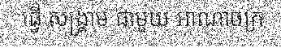
ធ្វើ សង្គ្រាម ជាមួយ អាណាចក្រ